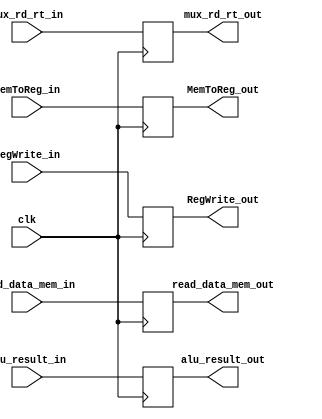
`timescale 1ns / 1ps
//////////////////////////////////////////////////////////////////////////////////
// Company: 
// Engineer: 
// 
// Design Name: 
// Module Name:    MEM_WB 
// Project Name: 
// Target Devices: 
// Tool versions: 
// Description: 
//
// Dependencies: 
//
// Revision: 
// Revision 0.01 - File Created
// Additional Comments: 
//
//////////////////////////////////////////////////////////////////////////////////
module MEM_WB(
	input clk,
	input [15:0] read_data_mem_in,
	input [15:0] alu_result_in,
	input [2:0] mux_rd_rt_in,
	input MemToReg_in,
	input RegWrite_in,
	
	output reg [15:0] read_data_mem_out,
	output reg [15:0] alu_result_out,
	output reg [2:0] mux_rd_rt_out,
	output reg MemToReg_out,
	output reg RegWrite_out
    );
	
	initial MemToReg_out = 0;
	
	always @ (negedge clk)
	begin
		read_data_mem_out 	<= read_data_mem_in;
		alu_result_out		   <= alu_result_in;
		mux_rd_rt_out		   <= mux_rd_rt_in;
		MemToReg_out			<= MemToReg_in;
		RegWrite_out			<= RegWrite_in;
	end
endmodule